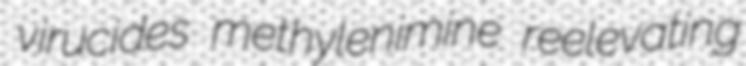
virucides methylenimine reelevating